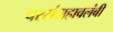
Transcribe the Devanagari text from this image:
परसंग्रहावलंबी